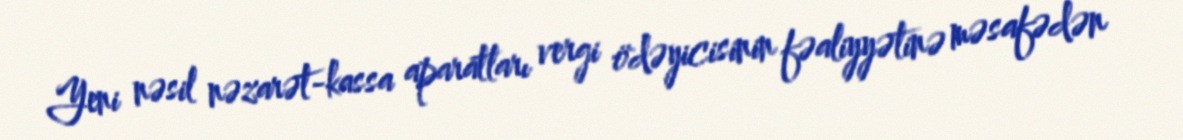
Yeni nəsil nəzarət-kassa aparatları vergi ödəyicisinin fəaliyyətinə məsafədən